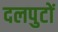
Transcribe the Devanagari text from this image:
दलपुटों